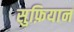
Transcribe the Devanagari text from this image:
सुफ़ियान